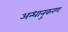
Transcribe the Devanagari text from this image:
अन्धानुकरण